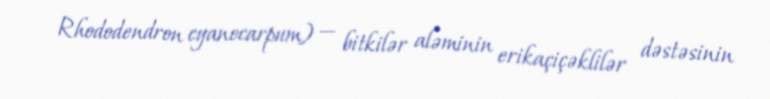
Rhododendron cyanocarpum) — bitkilər aləminin erikaçiçəklilər dəstəsinin